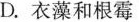
D.衣藻和根霉